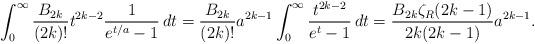
LaTeX: \begin{align*}\int_0^\infty \frac {B_{2k}}{(2k)!} t^{2k-2}\frac 1{e^{t/a}-1}\,dt = \frac {B_{2k}}{(2k)!} a^{2k-1} \int_0^\infty \frac {t^{2k-2}}{e^{t}-1}\,dt= \frac {B_{2k}\zeta_R(2k-1)}{2k(2k-1)} a^{2k-1}.\end{align*}